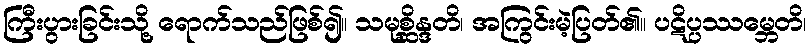
ကြီးပွားခြင်းသို့ ရောက်သည်ဖြစ်၍။ သမုစ္ဆိန္ဒတိ၊ အကြွင်းမဲ့ပြတ်၏။ ပဋိပ္ပဿမ္ဘေတိ၊